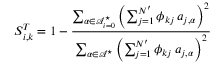
S _ { i , k } ^ { T } = 1 - \frac { \sum _ { \boldsymbol { \alpha } \in \mathcal { A } _ { i = 0 } ^ { \star } } \left( \sum _ { j = 1 } ^ { N ^ { \prime } } \phi _ { k j } \, a _ { j , \boldsymbol { \alpha } } \right) ^ { 2 } } { \sum _ { \boldsymbol { \alpha } \in \mathcal { A } ^ { \star } } \left( \sum _ { j = 1 } ^ { N ^ { \prime } } \phi _ { k j } \, a _ { j , \boldsymbol { \alpha } } \right) ^ { 2 } }